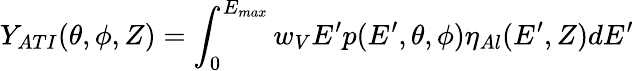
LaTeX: Y_{ATI}(\theta,\phi,Z)=\int_{0}^{E_{max}}w_{V}E^{\prime}p(E^{\prime},\theta,\phi)\eta_{Al}(E^{\prime},Z)dE^{\prime}